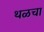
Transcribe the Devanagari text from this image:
थळचा